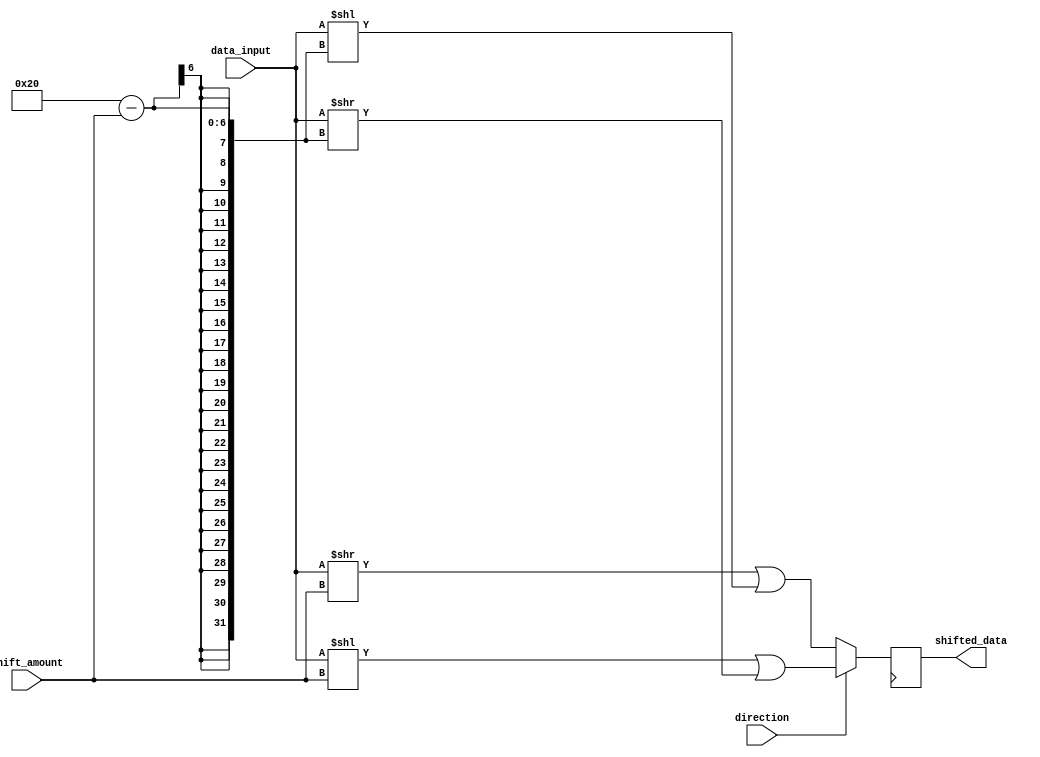
module barrel_shifter (
    input [31:0] data_input,
    input [4:0] shift_amount,
    input direction,
    output reg [31:0] shifted_data
);

reg [31:0] output_reg;
reg [31:0] intermediate_reg;

always @(*) begin
    if(direction) begin
        intermediate_reg = data_input << shift_amount | data_input >> (32 - shift_amount);
    end else begin
        intermediate_reg = data_input >> shift_amount | data_input << (32 - shift_amount);
    end
end

always @(posedge clk) begin
    shifted_data <= intermediate_reg;
end

endmodule